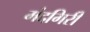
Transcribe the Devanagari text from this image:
मंदगिरी